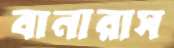
বানারাস